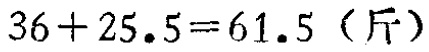
\(36 + 25.5 = 61.5\)（斤）